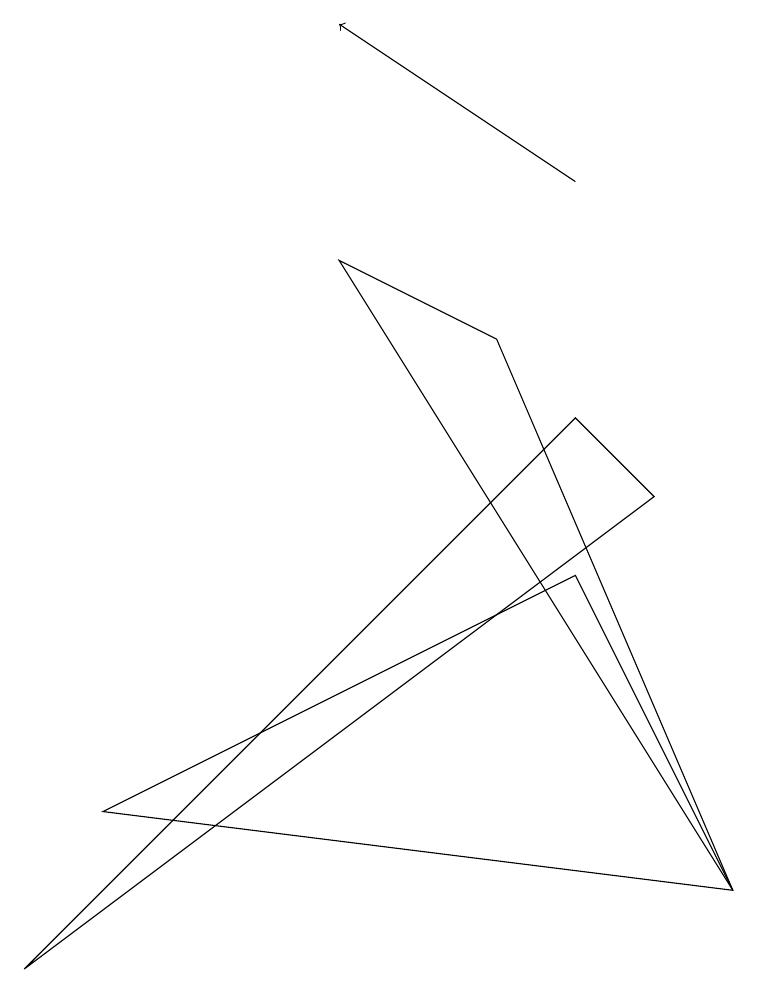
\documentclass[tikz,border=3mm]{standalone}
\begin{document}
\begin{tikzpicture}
\draw (9,1) -- (4,9) -- (6,8) -- cycle;
\draw (9,1) -- (1,2) -- (7,5) -- cycle;
\draw[->] (7,10) -- (4,12);
\draw (7,7) -- (0,0) -- (8,6) -- cycle;
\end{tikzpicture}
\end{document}